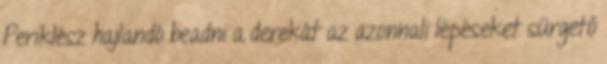
Periklész hajlandó beadni a derekát az azonnali lépéseket sürgető